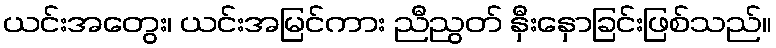
ယင်းအတွေး၊ ယင်းအမြင်ကား ညီညွတ် နှီးနှောခြင်းဖြစ်သည်။